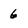
Character: 6